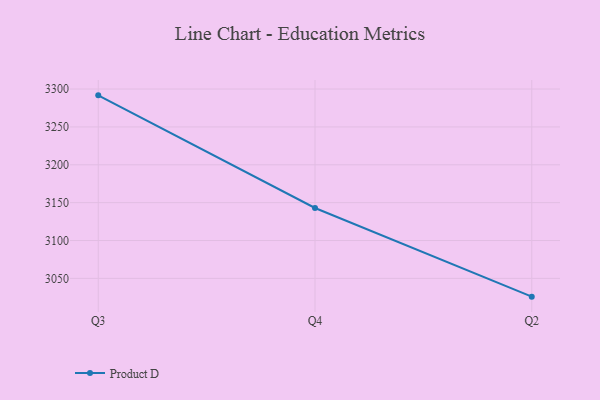
{"axis": {"x": "Quarter", "y": "Shipments"}, "legend": ["Product D"], "data": [{"x": "Q3", "y": 3291.7, "type": "Product D"}, {"x": "Q4", "y": 3143.0, "type": "Product D"}, {"x": "Q2", "y": 3025.9, "type": "Product D"}]}